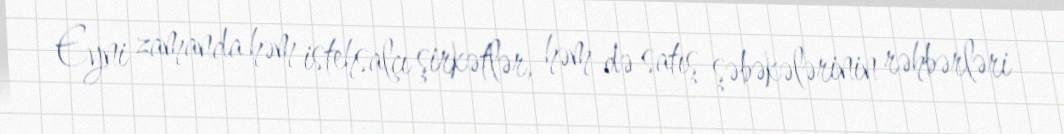
Eyni zamanda həm istehsalçı şirkətlər, həm də satış şəbəkələrinin rəhbərləri